Account of plague administration in the Bombay Presidency from September 1896 till May 1897
Year: 1896
Disease focus: Plague
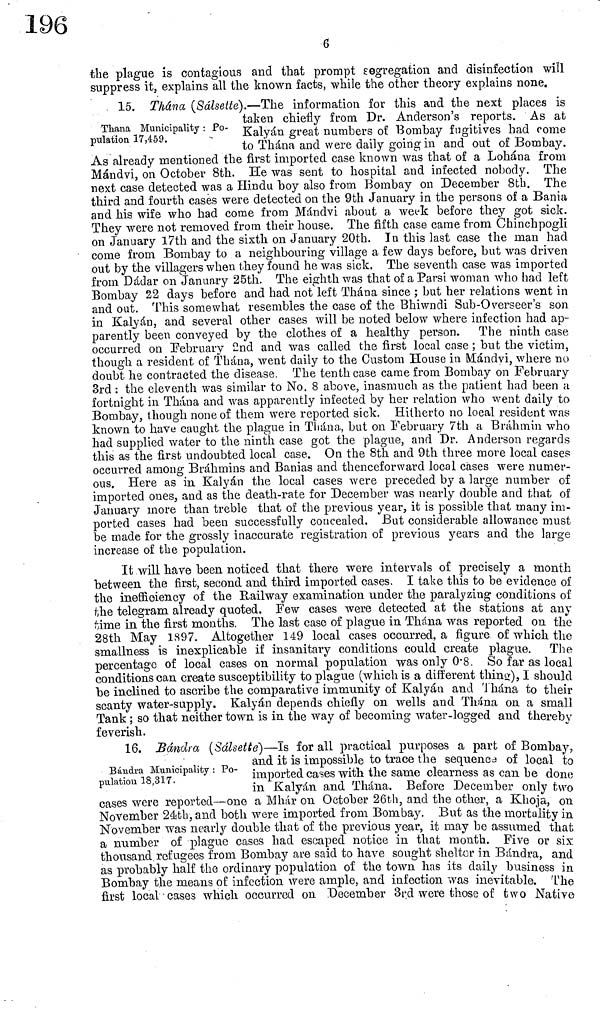
6
the plague is contagious and that prompt segregation and disinfection will
suppress it, explains all the known facts, while the other theory explains none.
Thana Municipality : Po-
pulation 17,459.
15. Thána (Sálsette).—The information for this and the next places is
taken chiefly from Dr. Anderson s reports. As at
Kalyán great numbers of Bombay fugitives had come
to Thána and were daily going in and out of Bombay.
As already mentioned the first imported case known was that of a Lohána from
Mándvi, on October 8th. He was sent to hospital and infected nobody. The
next case detected was a Hindu boy also from Bombay on December 8th. The
third and fourth cases were detected on the 9th January in the persons of a Bania
and his wife who had come from Mándvi about a week before they got sick.
They were not removed from their house. The fifth case came from Chinchpogli
on January 17th and the sixth on January 20th. In this last case the man had
come from Bombay to a neighbouring village a few days before, but was driven
out by the villagers when they found he was sick. The seventh case was imported
from Dádar on January 25th. The eighth was that of a Parsi woman who had left
Bombay 22 days before and had not left Thána since ; but her relations went in
and out. This somewhat resembles the case of the Bhiwndi Sub-Overseer's son
in Kalyán, and several other cases will be noted below where infection had ap-
parently been conveyed by the clothes of a healthy person. The ninth case
occurred on February 2nd and was called the first local case ; but the victim,
though a resident of Thána, went daily to the Custom House in Mándvi, where no
doubt he contracted the disease. The tenth case came from Bombay on February
3rd : the eleventh was similar to No. 8 above, inasmuch as the patient had been a
fortnight in Thána and was apparently infected by her relation who went daily to
Bombay, though none of them were reported sick. Hitherto no local resident was
known to have caught the plague in Thána, but on February 7th a Brahmin who
had supplied water to the ninth case got the plague, and Dr. Anderson regards
this as the first undoubted local case. On the 8th and 9th three more local cases
occurred among Brahmins and Banias and thenceforward local cases were numer-
ous. Here as in Kalyán the local cases were preceded by a large number of
imported ones, and as the death-rate for December was nearly double and that of
January more than treble that of the previous year, it is possible that many im-
ported cases had been successfully concealed. But considerable allowance must
be made for the grossly inaccurate registration of previous years and the large
increase of the population.
It will have been noticed that there were intervals of precisely a month
between the first, second and third imported cases. I take this to be evidence of
the inefficiency of the Railway examination under the paralyzing conditions of
the telegram already quoted. Few cases were detected at the stations at any-
time in the first months. The last case of plague in Thána was reported on the
28th May 1897. Altogether 149 local cases occurred, a figure of which the
smallness is inexplicable if insanitary conditions could create plague. The
percentage of local cases on normal population was only 0 8. So far as local
conditions can create susceptibility to plague (which is a different thing), I should
be inclined to ascribe the comparative immunity of Kalyán and Thána to their
scanty water-supply. Kalyán depends chiefly on wells and Thána on a small
Tank ; so that neither town is in the way of becoming water-logged and thereby
feverish.
16. Bándra (Salsette)—Is for all practical purposes a part of Bombay
Bándra Municipality : Po-
pulation 18,317.
and it is impossible to trace the sequence of local to
imported cases with the same clearness as can be done
in Kalyán and Thána. Before December only two
cases were reported—one a Mhár on October 26th, and the other, a Khoja, on
November 24th, and both were imported from Bombay. But as the mortality in
November was nearly double that of the previous year, it may be assumed that
a number of plague cases had escaped notice in that month. Five or six
thousand refugees from Bombay are said to have sought sheltor in Bándra, and
as probably half the ordinary population of the town has its daily business in
Bombay the means of infection were ample, and infection was inevitable. The
first local cases which occurred on December 3rd were those of two Native